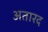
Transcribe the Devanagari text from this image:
अतारद